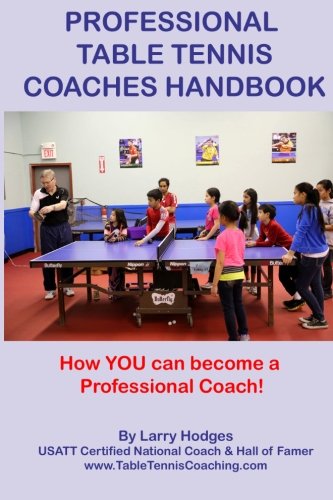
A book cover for Professional Table Tennis Coaches Handbook; Larry Hodges; Sports & Outdoors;